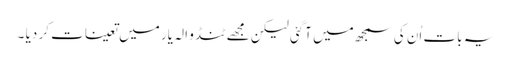
یہ بات اُن کی سمجھ میں آگئی لیکن مجھے ٹنڈو الہ یار میں تعینات کر دیا ۔